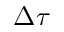
\Delta \tau